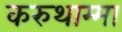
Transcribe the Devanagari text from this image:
करुथाम्मा